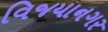
વિજયાનગર